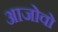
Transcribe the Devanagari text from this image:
आजोवो